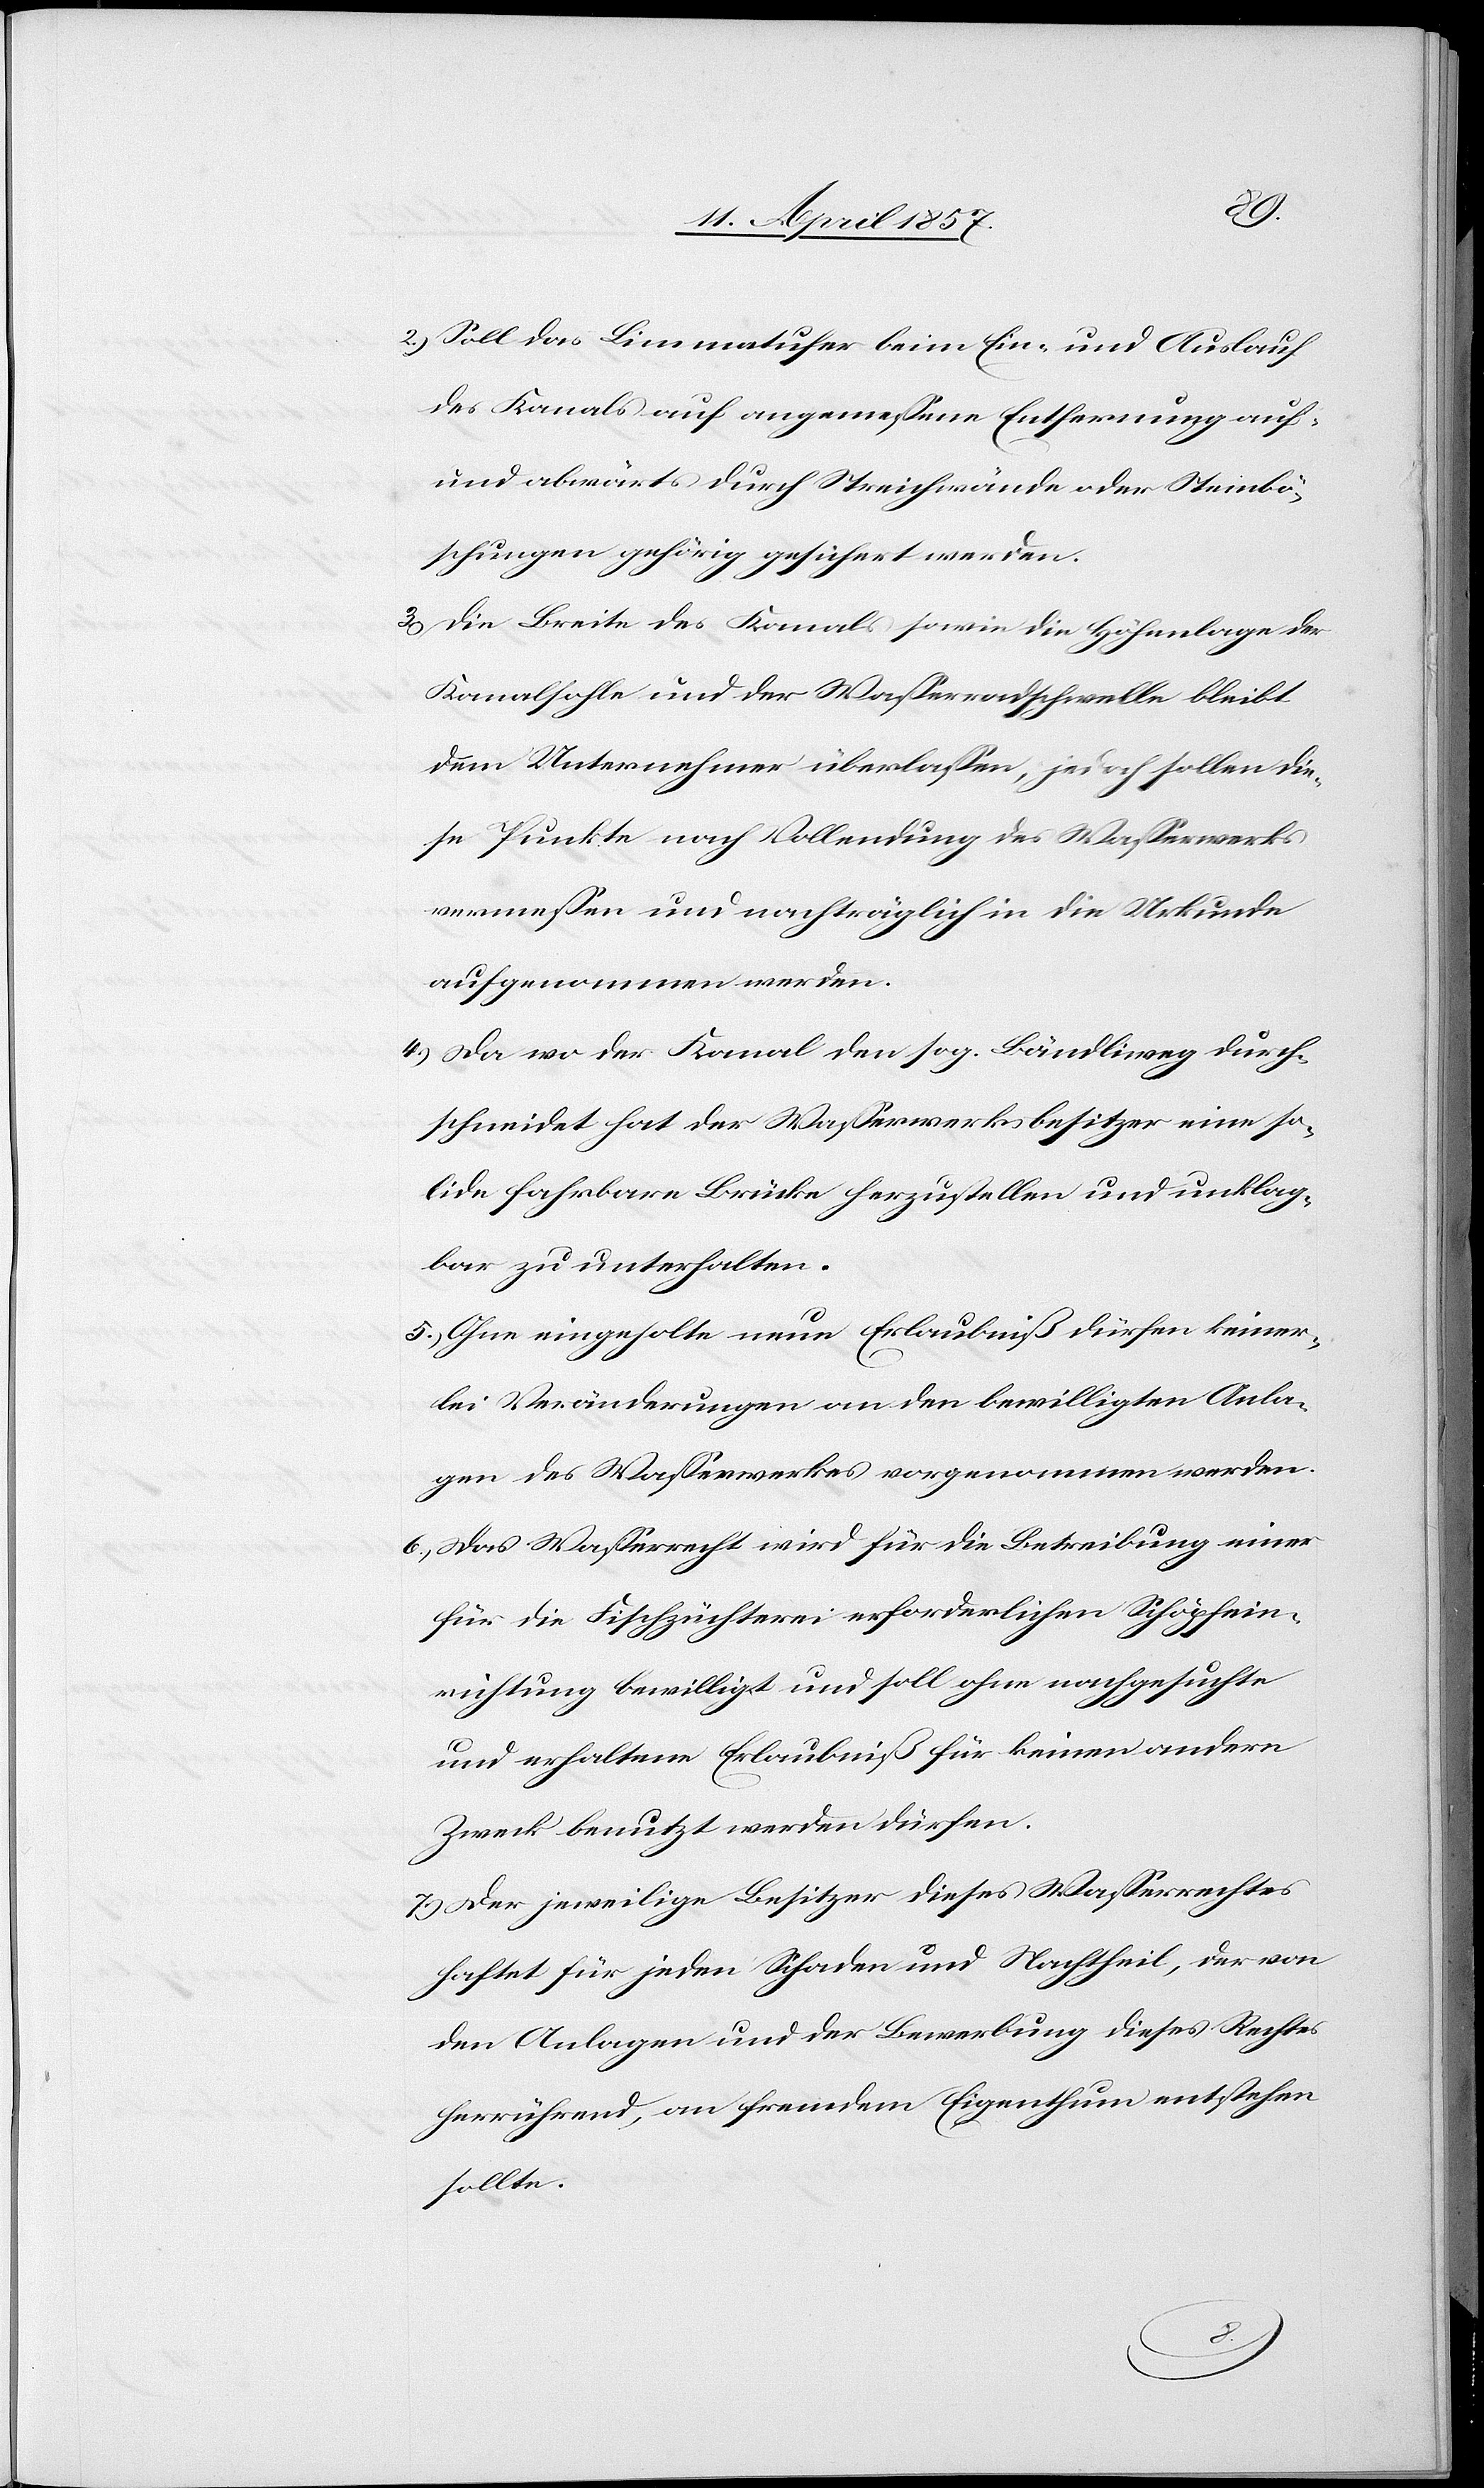
2.) Soll das Limmatufer beim Ein- und Auslauf
des Kanals auf angemessene Entfernung auf-
und abwärts durch Streichwände oder Steinbö¬
schungen gehörig gesichert werden.
3.) Die Breite des Kanals sowie die Höhenlage der
Kanalsohle und der Wasserradschwelle bleibt
dem Unternehmer überlassen, jedoch sollen die¬
se Punkte nach Vollendung des Wasserwerks
vermessen und nachträglich in die Urkunde
aufgenommen werden.
4.) Da wo der Kanal den sog. Bändliweg durch¬
schneidet hat der Wasserwerksbesitzer eine so¬
lide fahrbare Brücke herzustellen und unklag¬
bar zu unterhalten.
5.) Ohne eingeholte neue Erlaubniß dürfen keiner¬
lei Veränderungen an den bewilligten Anla¬
gen des Wasserwerkes vorgenommen werden.
6.) Das Wasserrecht wird für die Betreibung einer
für die Fischzüchterei erforderlichen Schöpfein¬
richtung bewilligt und soll ohne nachgesuchte
und erhaltene Erlaubniß für keinen andern
Zweck benutzt werden dürfen.
7.) Der jeweilige Besitzer dieses Wasserrechtes
haftet für jeden Schaden und Nachtheil, der von
den Anlagen und der Bewerbung dieses Rechtes
herrührend, an fremdem Eigenthum entstehen
sollte.